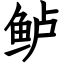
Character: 鲈